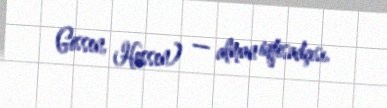
Gissen, Hessen) — alman iqtisadçısı.